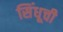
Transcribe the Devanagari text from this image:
सिंधूची